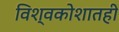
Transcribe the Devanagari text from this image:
विश्वकोशातही